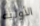
الأولية